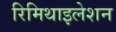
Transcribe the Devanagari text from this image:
रिमिथाइलेशन